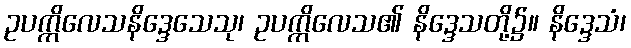
ဥပက္ကိလေသနိဒ္ဒေသေသု၊ ဥပက္ကိလေသ၏ နိဒ္ဒေသတို့၌။ နိဒ္ဒေသံ၊